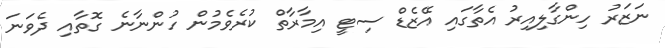
ނަޒަރު ހިންގާލިއިރު އެތާގައި އޭޒެޑް ސިޓީ އިމާރާތް ކުރެވެމުން ހުންނާނެ ގޮތާއި ދެވަނަ